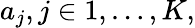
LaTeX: a_{j},j\in{1,\dots,K},